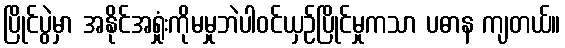
ပြိုင်ပွဲမှာ အနိုင်အရှုံးကိုမမှုဘဲပါဝင်ယှဉ်ပြိုင်မှုကသာ ပဓာန ကျတယ်။